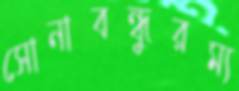
সোনাবন্ধুরম্য